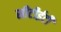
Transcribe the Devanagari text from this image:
सीटीईटी